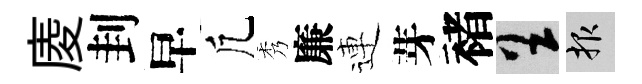
庱刲早凢秀廉連芽褚呈報